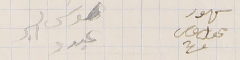
سهود محول عصى     موسَى البر عبدو